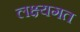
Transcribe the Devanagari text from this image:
लक्ष्यगत